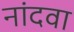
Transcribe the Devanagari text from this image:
नांदवा